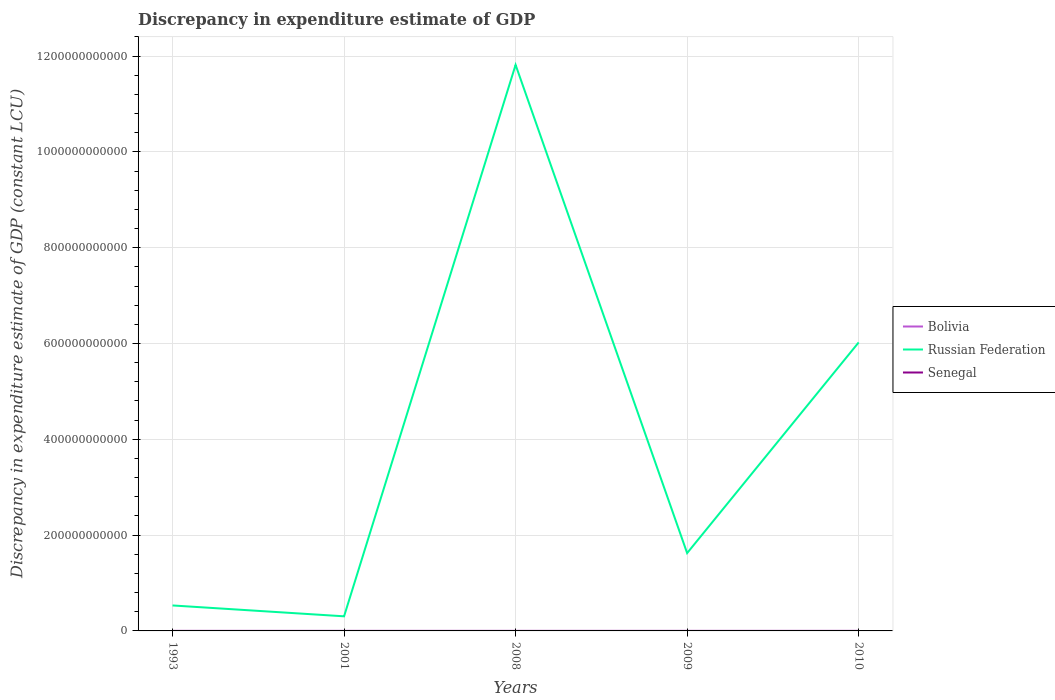
| Years | Bolivia | Russian Federation | Senegal |
 | --- | --- | --- | --- |
 | 1993 | 400 | 5.32e+10 | 100 |
 | 2001 | -100 | 3.05e+10 | 100 |
 | 2008 | 1.1e+03 | 1.18e+12 | 100 |
 | 2009 | 1.1e+03 | 1.62e+11 | 100 |
 | 2010 | 1.1e+03 | 6.02e+11 | 100 |